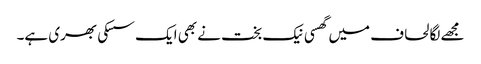
مجھے لگا لحاف میں گھسی نیک بخت نے بھی ایک سسکی بھری ہے۔